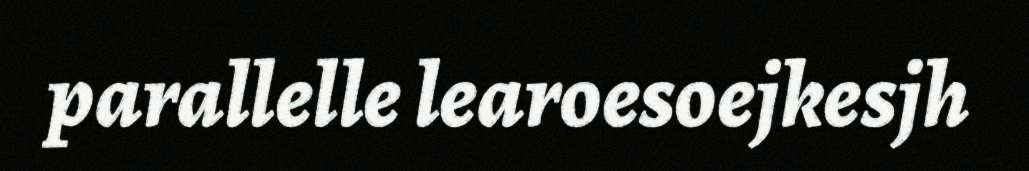
parallelle learoesoejkesjh